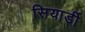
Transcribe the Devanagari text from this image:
सियार्डी